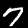
Label: 7